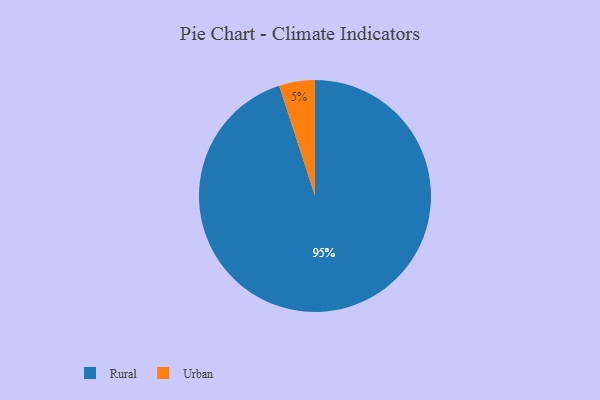
{"axis": {"x": "Category", "y": "Percentage"}, "legend": ["Rural", "Urban"], "data": [{"x": "Rural", "y": 95, "type": "Rural"}, {"x": "Urban", "y": 5, "type": "Urban"}]}